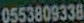
0553809338